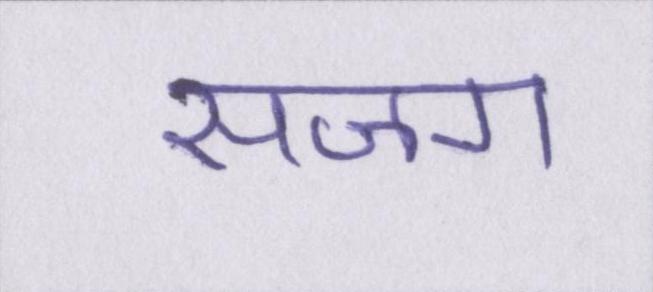
सजग